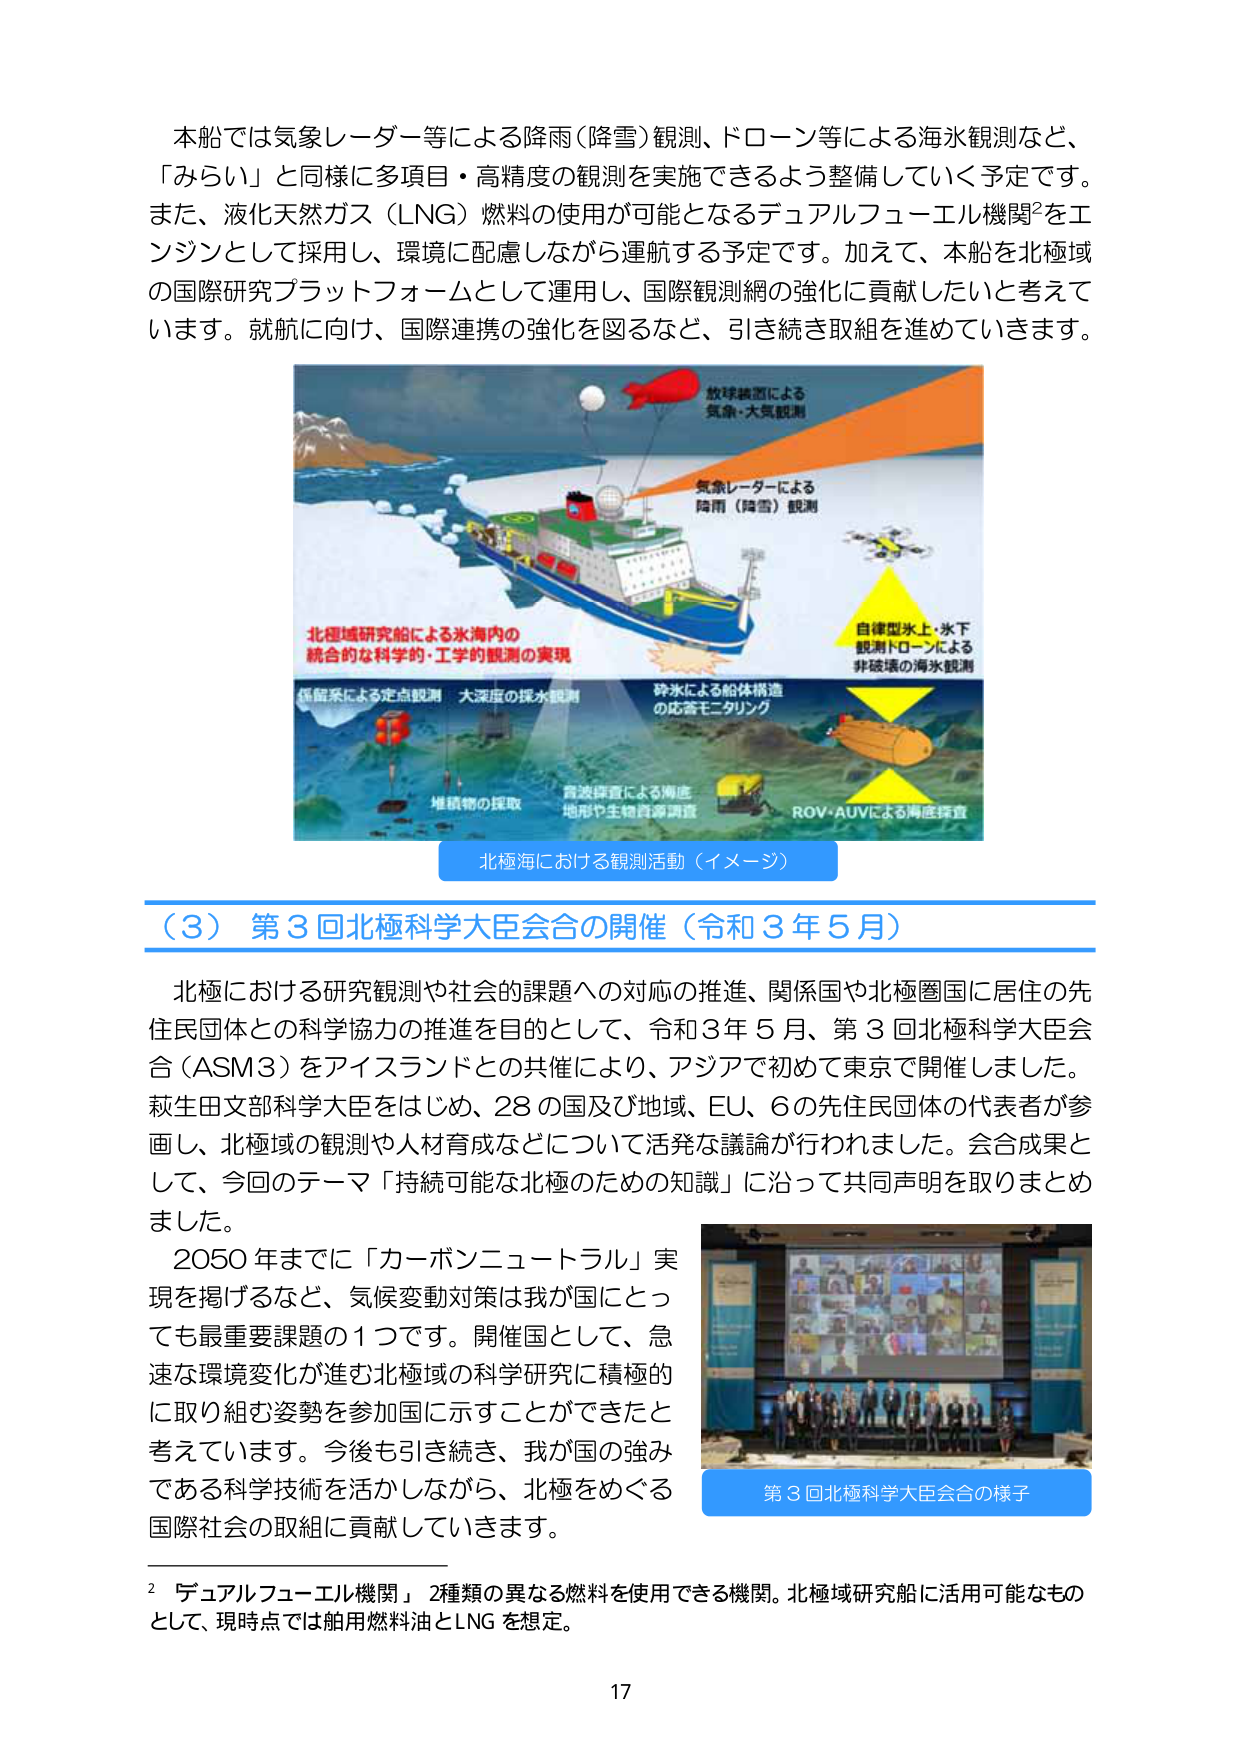
本船では気象レーダー等による降雨（降雪）観測、ドローン等による海水観測など、「みらい」と同様に多項目・高精度の観測を実施できるよう整備していく予定です。また、液化天然ガス（LNG）燃料の使用が可能となるデュアルフューエル機関²をエンジンとして採用し、環境に配慮しながら運航する予定です。加えて、本船を北極域の国際研究プラットフォームとして運用し、国際観測網の強化に貢献したいと考えています。就航に向け、国際連携の強化を図るなど、引き続き取組を進めていきます。

放球装置による
気象・大気観測

気象レーダーによる
降雨（降雪）観測

北極域研究船による氷海内の
統合的な科学的・工学的観測の実現

自律型水上・水下
観測ドローンによる
非破壊の海水観測

係留系による定点観測 大深度の採水観測

砕氷による船体構造
の応答モニタリング

堆積物の採取

音波探査による海底
地形や生物資源調査

ROV・AUVによる海底探査

北極海における観測活動（イメージ）

（３）第３回北極科学大臣会合の開催（令和３年５月）

北極における研究観測や社会的課題への対応の推進、関係国や北極圏国に居住の先住民団体との科学協力の推進を目的として、令和３年５月、第３回北極科学大臣会合（ASM３）をアイスランドとの共催により、アジアで初めて東京で開催しました。萩生田文部科学大臣をはじめ、28の国及び地域、EU、6の先住民団体の代表者が参画し、北極域の観測や人材育成などについて活発な議論が行われました。会合成果として、今回のテーマ「持続可能な北極のための知識」に沿って共同声明を取りまとめました。

2050年までに「カーボンニュートラル」実現を掲げるなど、気候変動対策は我が国にとっても最重要課題の1つです。開催国として、急速な環境変化が進む北極域の科学研究に積極的に取り組む姿勢を参加国に示すことができたと考えています。今後も引き続き、我が国の強みである科学技術を活かしながら、北極をめぐる国際社会の取組に貢献していきます。

第３回北極科学大臣会合の様子

²「デュアルフューエル機関」2種類の異なる燃料を使用できる機関。北極域研究船に活用可能なものとして、現時点では舶用燃料油とLNGを想定。

17